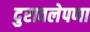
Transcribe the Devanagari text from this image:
दुरावलेपणा